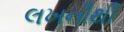
લખનૌથી